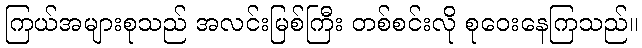
ကြယ်အများစုသည် အလင်းမြစ်ကြီး တစ်စင်းလို စုဝေးနေကြသည်။